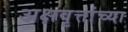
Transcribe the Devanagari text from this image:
अक्षवृत्तांच्या